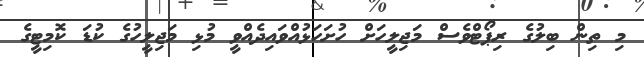
މި ތިން ބިލުގެ ރިޕޯޓްވެސް މަޖިލީހަށް ހުށަހަޅުއްވައިދެއްވީ މުޅި މަޖިލީހުގެ ކުޑަ ކޮމިޓީގެ